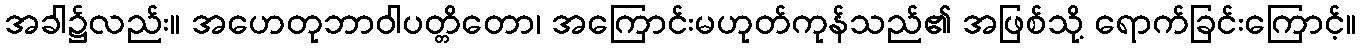
အခါ၌လည်း။ အဟေတုဘာဝါပတ္တိတော၊ အကြောင်းမဟုတ်ကုန်သည်၏ အဖြစ်သို့ ရောက်ခြင်းကြောင့်။